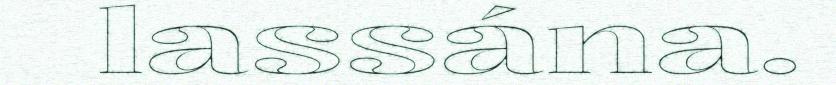
lassána.